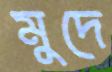
মুদে